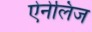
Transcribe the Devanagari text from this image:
ऐनेलिज